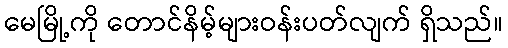
မေမြို့ကို တောင်နိမ့်များဝန်းပတ်လျက် ရှိသည်။